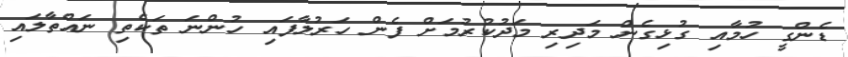
ޑެންގީ ހުމާއި ގުޅިގެން މަދިރި މަދުކުރުމަށް ފެން ހަރުލާފައި ހުންނަ ތަކެތި ނައްތާލައި